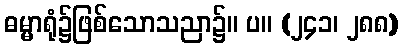
ဓမ္မာရုံ၌ဖြစ်သောသညာ၌။ ပ။ (၂၄၁၊ ၂၈၈)